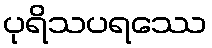
ပုရိသပရဿေ